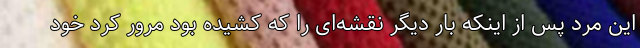
این مرد پس از اینکه بار دیگر نقشه‌ای را که کشیده بود مرور کرد خود